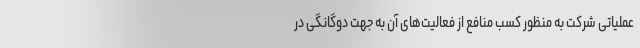
عملیاتی شرکت به منظور کسب منافع از فعالیت‌های آن به جهت دوگانگی در